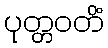
ပုတ္တဝတိံ